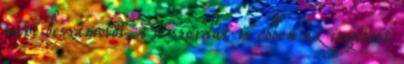
napi beszámolót, s a szerdát is ebben az izgatott